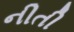
નીતી